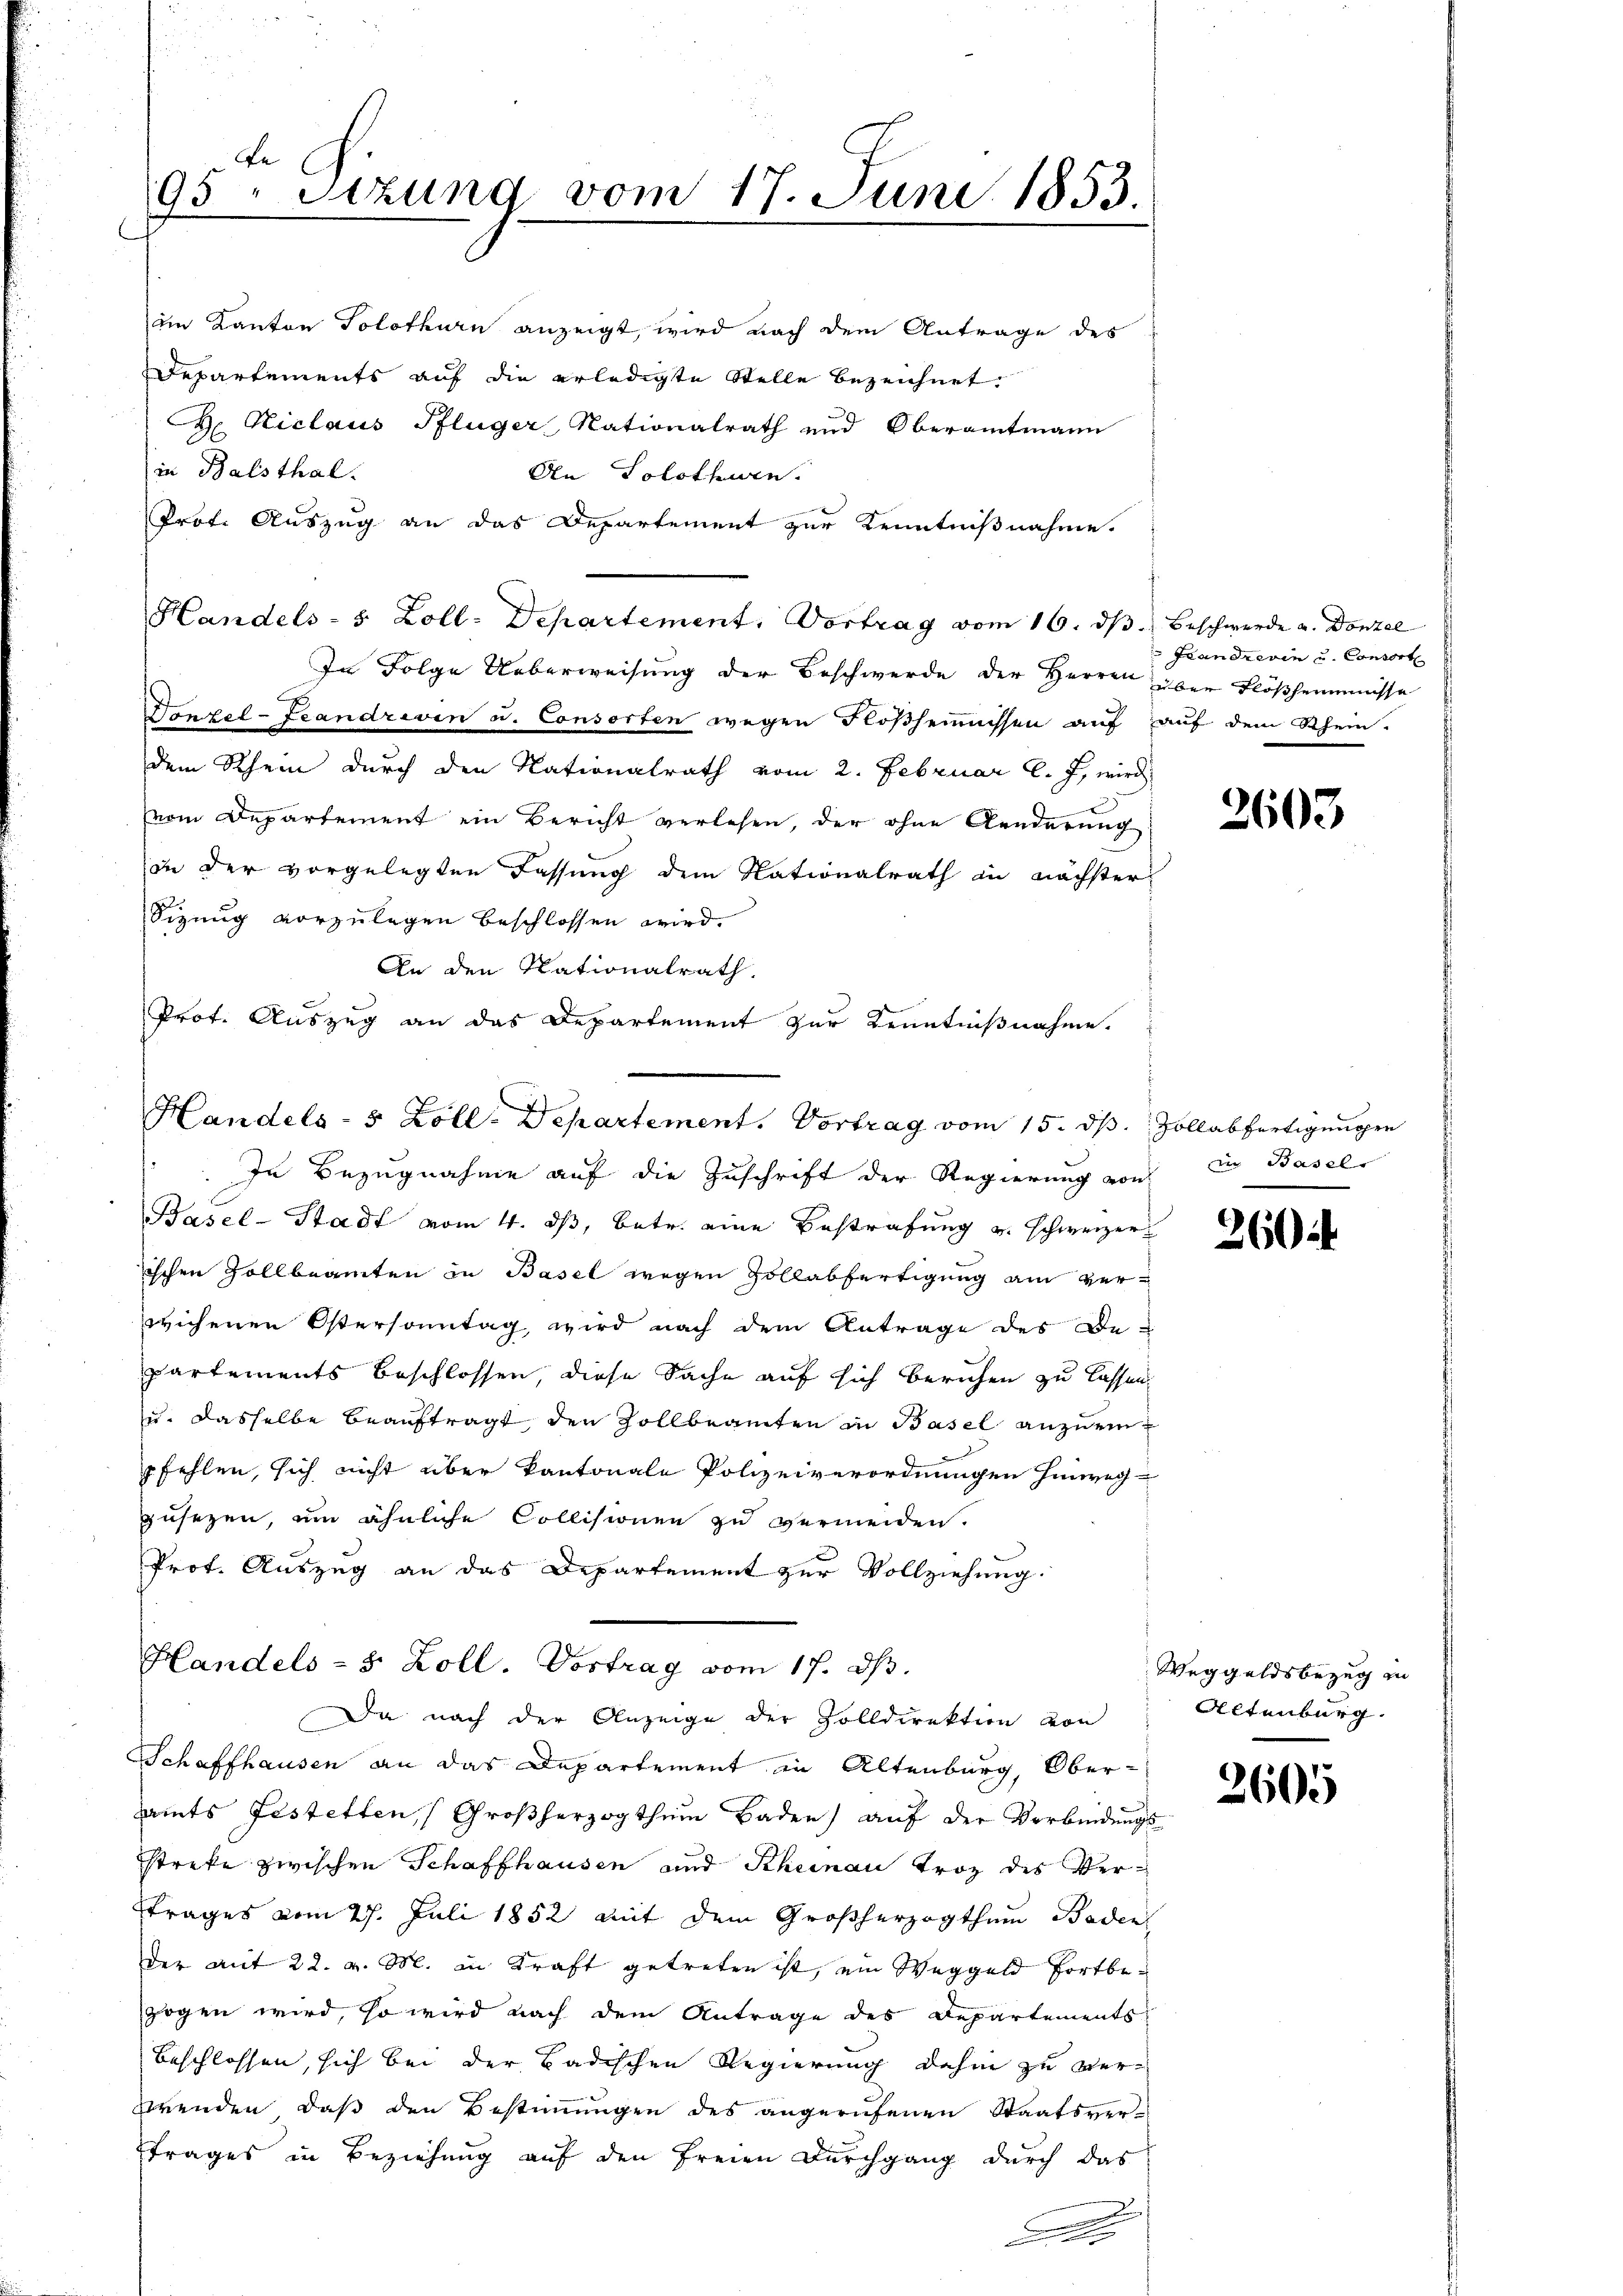
be
95 Stzung vom 17. Juni 1853.

im Kanton Solothurn anzeigt, wird nach dem Antrage des
Departements auf die erledigte Stelle bezeichnet.
H. Niclaus Pflüger, Nationalrath und Oberamtmann
in Balsthal.
An Solothurn.
Prof. Auszug an das Departement zur Kenntnißnahme.
In Folge Ueberweisung der Beschwerde der Herren über Flößhemmnisse
Donpel-Leandreven u. Consorten wegen Floßheimnissen auf auf dem Rhein-
dem Rhein durch den Nationalrath vom 2. Februar l. J. wird
vom Departement ein Bericht verlesen, der ohne Aenderung
in der vorgelegten Fassung dem Nationalrath in nächster
Sizung vorzulegen beschlossen wird.
An den Nationalrath,
In Bezugnahme auf die Zuschrift der Regierung von
Basel-Stadt vom 4. ds, betr. eine Bestrafung u. schweizer
ischen Zollbeamten in Basel wegen Zollabfertigung am verwichenen Ostersonntag, wird nach dem Antrage des De-
partements Beschlossen, diese Sache auf sich beruhen zu lassen,
u. dasselbe beauftragt, den Zollbeamten in Basel anzueinpfehlen, sich nicht über kantonale Polizeiverordnungen hinweg-
zusezen, um ähnliche Collisionen zu vermeiden.
Prof. Auszug an das Departement zur Vollziehung.
Handels- & Zoll. Vortrag vom 17. ds.
Da nach der Anzeige der Zolldirektion von
Schaffhausen an das Departement in Altenburg, Ober-
amts festetten Großherzogthum Baden) auf der Verbindungs
streke zwischen Schaffhausen und Rheinau Troz des Ver¬
Strages vom 27. Juli 1852 mit dem Großherzogthum Baden
der mit 22. v. M. in Kraft getreten ist, ein Weggeld fortbezogen wird, so wird nach dem Antrage des Departements
beschlossen, sich bei der Badischen Regierung dahin zu verwrenden, daß den Bestimmungen des angerufenen Staatsvertrages in Beziehung auf den freien Durchgang durch das
.
d

Handels- 5 Zoll-Departement. Vortrag vom 16. dβ.

Prof. Auszug an das Departement zur Kenntnißnahme.
Handels- 5 Zoll-Departement. Vortrag vom 15. dβ. Zollabfertigungen

Beschwerde a. Donzel
Feandrerin u. Consort

2603

in Basel

260

Weggeldsbezug zu
Altenburg.

2605